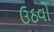
ઉઠવો